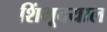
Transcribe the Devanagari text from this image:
शिंभूदयाल